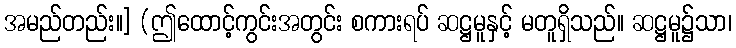
အမည်တည်း။] (ဤထောင့်ကွင်းအတွင်း စကားရပ် ဆဋ္ဌမူနှင့် မတူရှိသည်။ ဆဋ္ဌမူ၌သာ၊